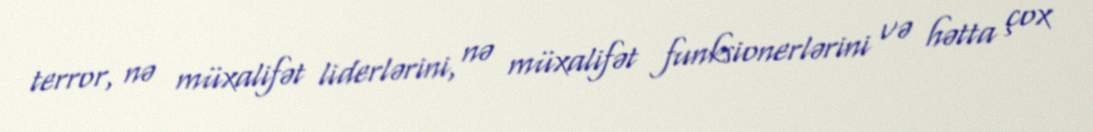
terror, nə müxalifət liderlərini, nə müxalifət funksionerlərini və hətta çox